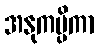
အနုကမ္ပိကာ